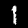
Label: 1